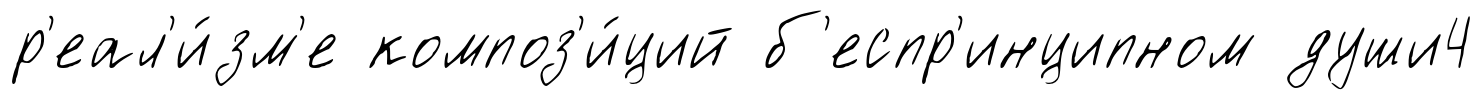
р'еал'и́зм'е композ'и́ций б'еспр'инципном души4